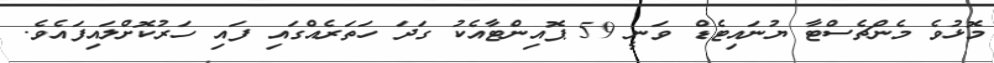
މޮޅުވެ މެންޗެސްޓާ ޔުނައިޓެޑް ވަނީ 59 ޕޮއިންޓާއެކު ގަދަ ހަތަރެއްގައި ފައި ހަރުކޮށްލައިފައެވެ.